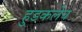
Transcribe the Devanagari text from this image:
हुडकलेच